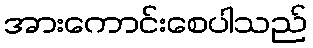
အားကောင်းစေပါသည်